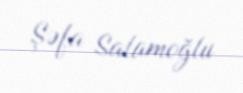
Şəfa Salamoğlu